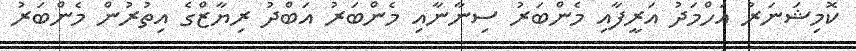
ކޮމިޝަނަރު އަހްމަދު އަރީފާއި މެންބަރު ސިނާނާއި މެންބަރު އަބްދު ރިޔާޒްގެ އިތުރުން މެންބަރު